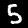
Digit: 5